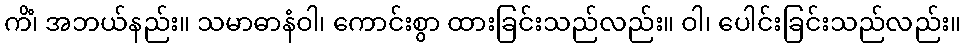
ကိံ၊ အဘယ်နည်း။ သမာဓာနံဝါ၊ ကောင်းစွာ ထားခြင်းသည်လည်း။ ဝါ၊ ပေါင်းခြင်းသည်လည်း။